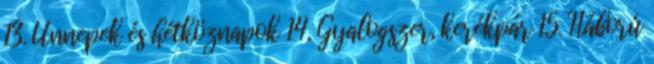
13. Ünnepek és hétköznapok 14. Gyalogszer, kerékpár 15. Háború